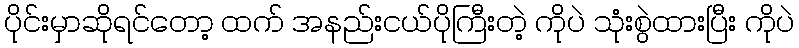
ပိုင်းမှာဆိုရင်တော့ ထက် အနည်းငယ်ပိုကြီးတဲ့ ကိုပဲ သုံးစွဲထားပြီး ကိုပဲ